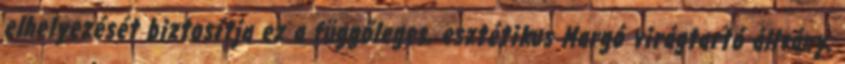
elhelyezését biztosítja ez a függőleges, esztétikus Margó virágtartó állvány.